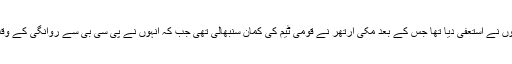
سابق کپتان نے سابق سربراہ نجم سیٹھی کے دور میں انھوں نے استعفیٰ دیا تھا جس کے بعد مکی آرتھر نے قومی ٹیم کی کمان سنبھالی تھی جب کہ انہوں نے پی سی بی سے روانگی کے وقت اپنے 2ماہ کے واجبات بھی لینے سے انکار کردیا تھا۔